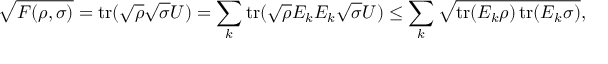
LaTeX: { \sqrt { F ( \rho , \sigma ) } } = \operatorname { t r } ( { \sqrt { \rho } } { \sqrt { \sigma } } U ) = \sum _ { k } \operatorname { t r } ( { \sqrt { \rho } } E _ { k } E _ { k } { \sqrt { \sigma } } U ) \leq \sum _ { k } { \sqrt { \operatorname { t r } ( E _ { k } \rho ) \operatorname { t r } ( E _ { k } \sigma ) } } ,